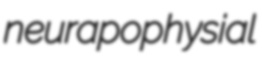
neurapophysial